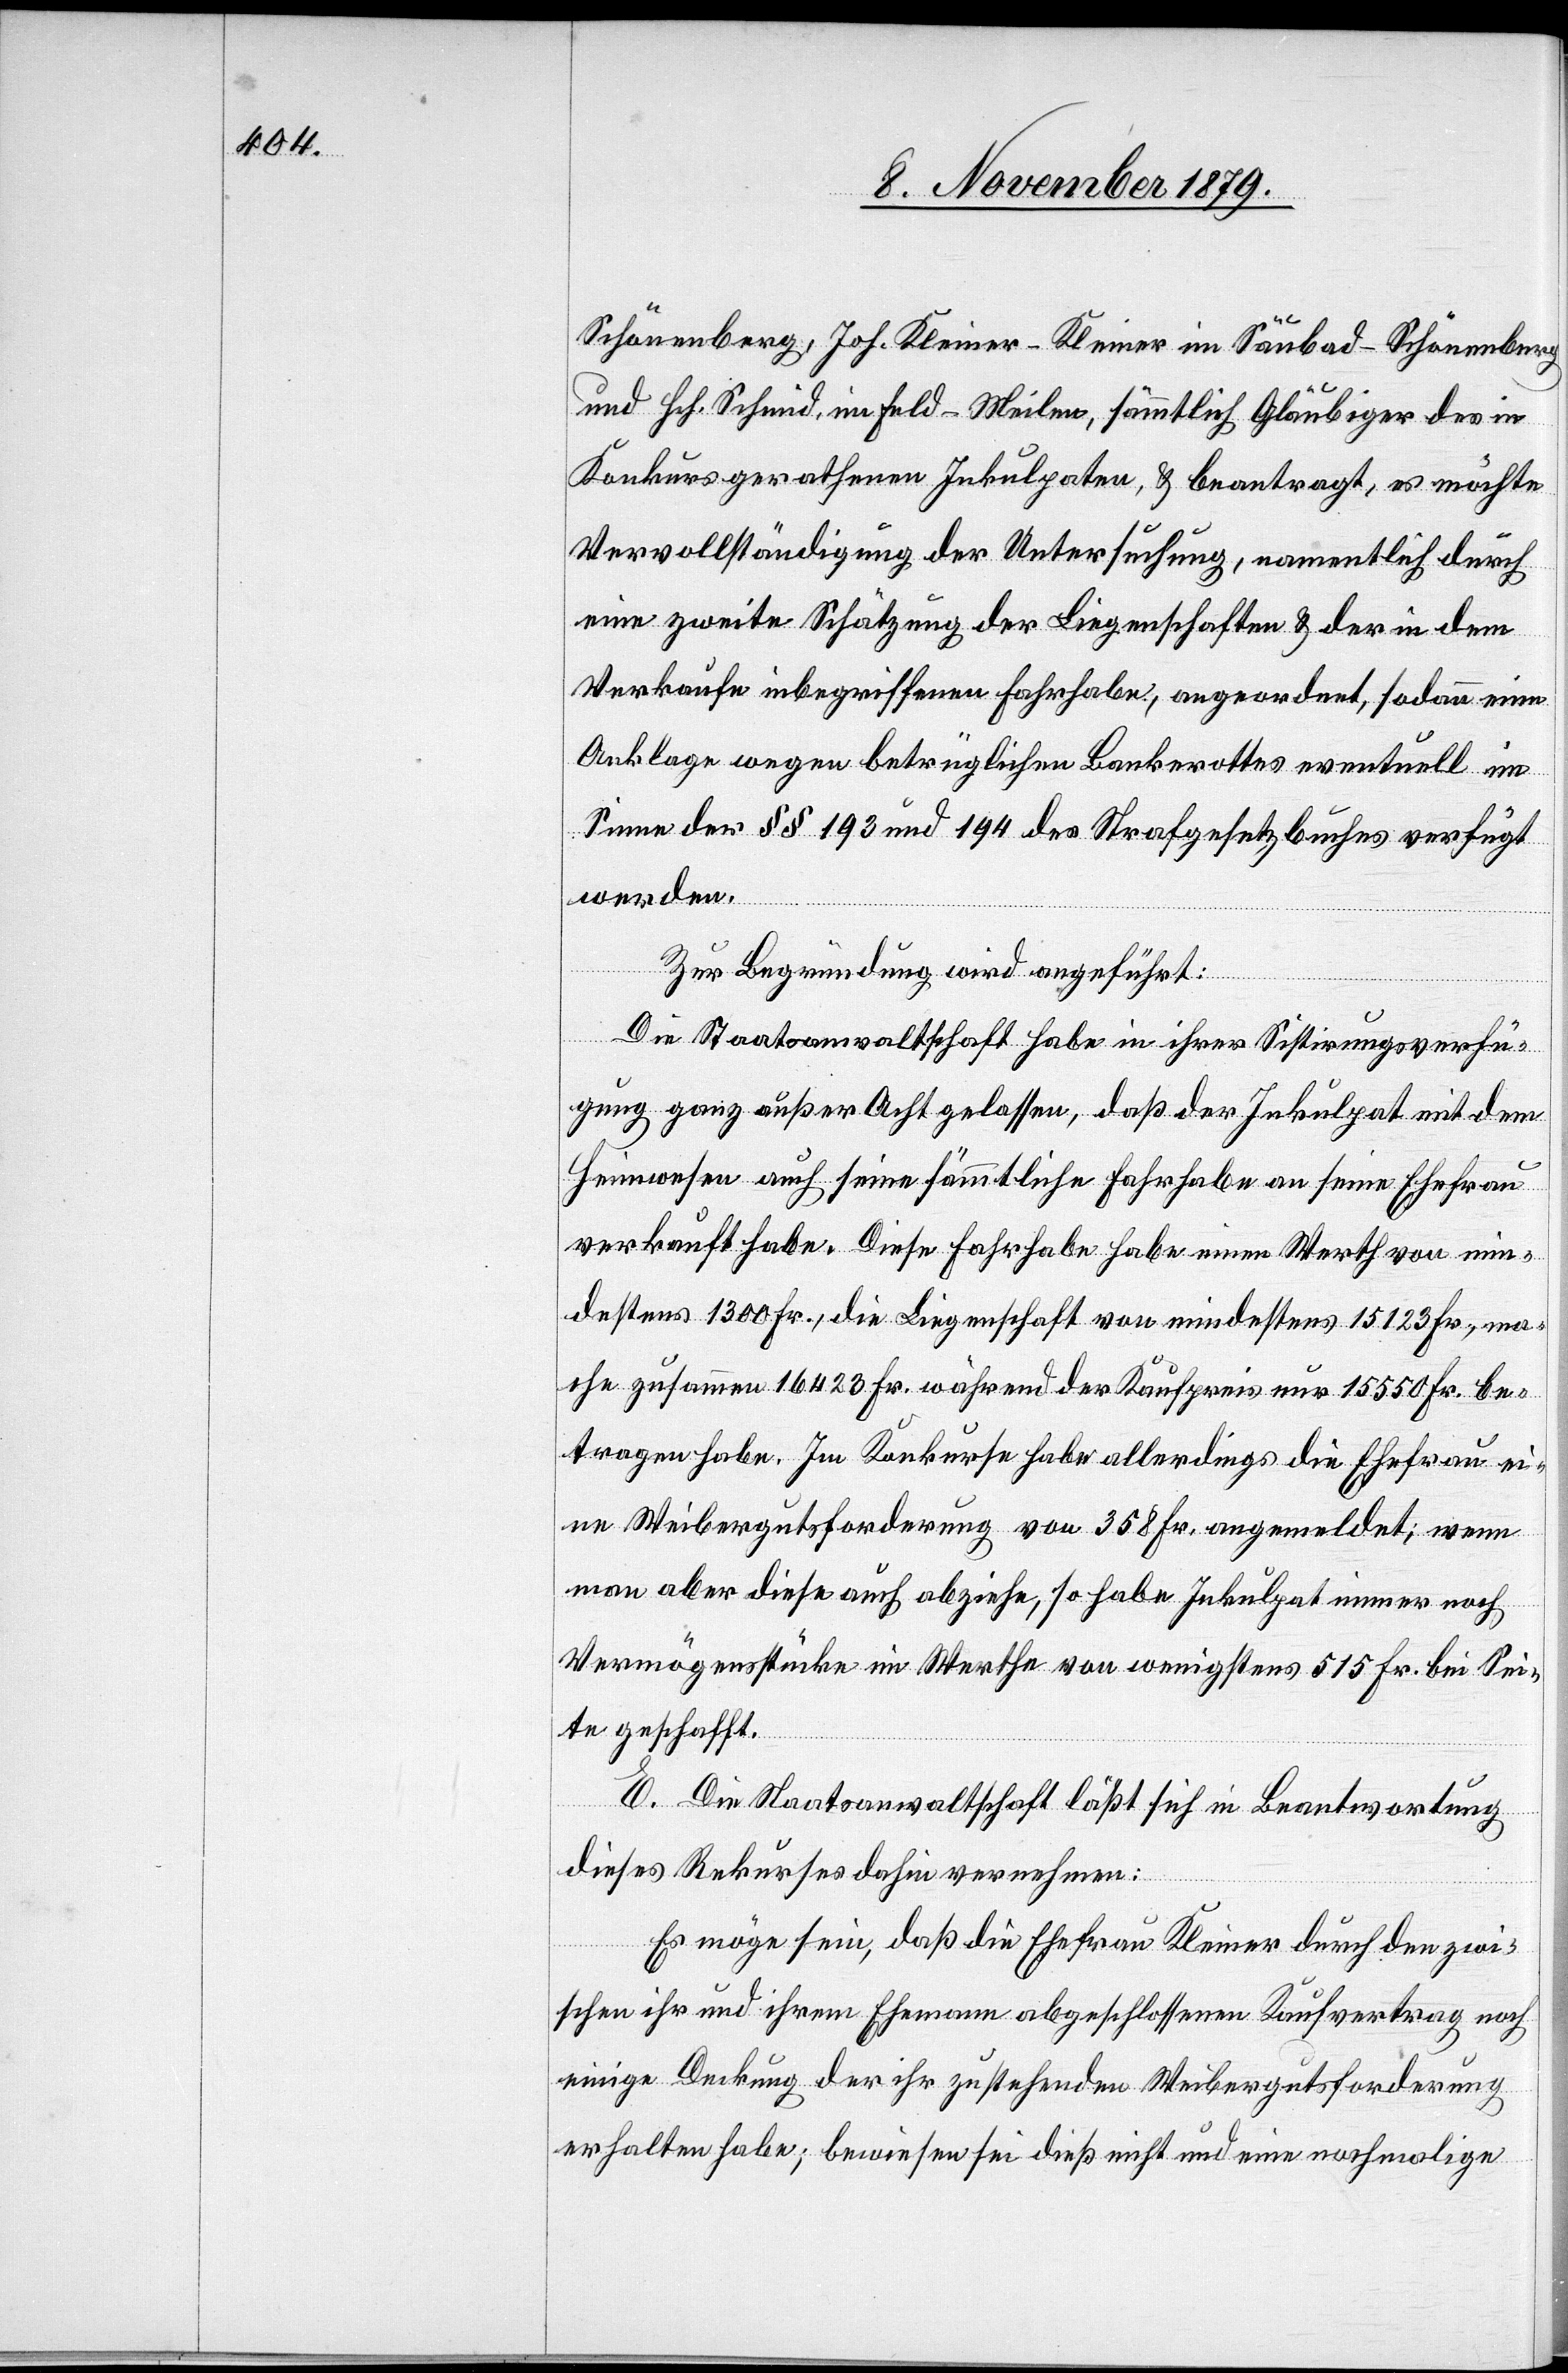
Schönenberg, Joh. Kleiner-Kleiner im Säubad - Schönenberg
und Hch. Schmid, im Feld - Meilen, sämmtlich Gläubiger des in
Konkurs gerathenen Inkulpaten, & beantragt, es möchte
Vervollständigung der Untersuchung, namentlich durch
eine zweite Schätzung der Liegenschaften & der in dem
Verkaufe inbegriffenen Fahrhabe, angeordnet, sodann eine
Anklage wegen betrüglichen Bankrottes eventuell im
Sinne der §§ 193 und 194 des Strafgesetzbuches verfügt
werden.
Zur Begründung wird angeführt:
Die Staatsanwaltschaft habe in ihrer Sistirungsverfü¬
gung ganz außer Acht gelassen, daß der Inkulpat mit dem
Heimwesen auch seine sämmtliche Fahrhabe an seine Ehefrau
verkauft habe. Diese Fahrhabe habe einen Werth von min¬
destens 1300 Fr., die Liegenschaft von mindestens 15 123 Fr., ma¬
che zusammen 16 423 Fr. während der Kaufpreis nur 15 550 Fr. be¬
tragen habe. Im Konkurse habe allerdings die Ehefrau ei¬
ne Weibergutsforderung von 358 Fr. angemeldet; wenn
man aber diese auch abziehe, so habe Inkulpat immer noch
Vermögensstücke im Werthe von wenigstens 515 Fr. bei Sei¬
te geschafft.
E. Die Staatsanwaltschaft läßt sich in Beantwortung
dieses Rekurses dahin vernehmen:
Es möge sein, daß die Ehefrau Kleiner durch den zwi¬
schen ihr und ihrem Ehemann abgeschlossenen Kaufvertrag noch
einige Deckung der ihr zustehenden Weibergutsforderung
erhalten habe; bewiesen sei dieß nicht und eine nochmalige